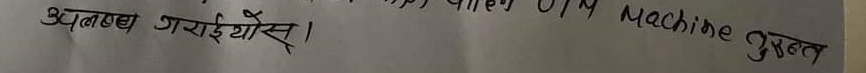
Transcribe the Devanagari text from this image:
उपलब्ध गराईयोस्। Machine उपलत